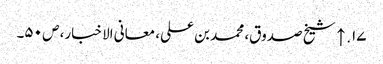
۱۷. ↑ شیخ صدوق، محمد بن علی، معانی الاخبار، ص ۵۰۔